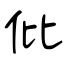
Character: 仳